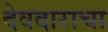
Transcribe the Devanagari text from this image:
देवदाराचा